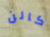
كالن